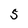
Character: 5